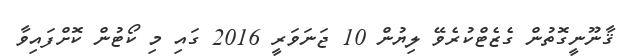
ޤާނޫނީގޮތުން ގެޒެޓްކުރެވޭ ލިޔުން 10 ޖަނަވަރީ 2016 ގައި މި ކޯޓުން ކޮށްފައިވާ